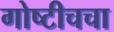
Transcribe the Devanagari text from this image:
गोष्टीचचा